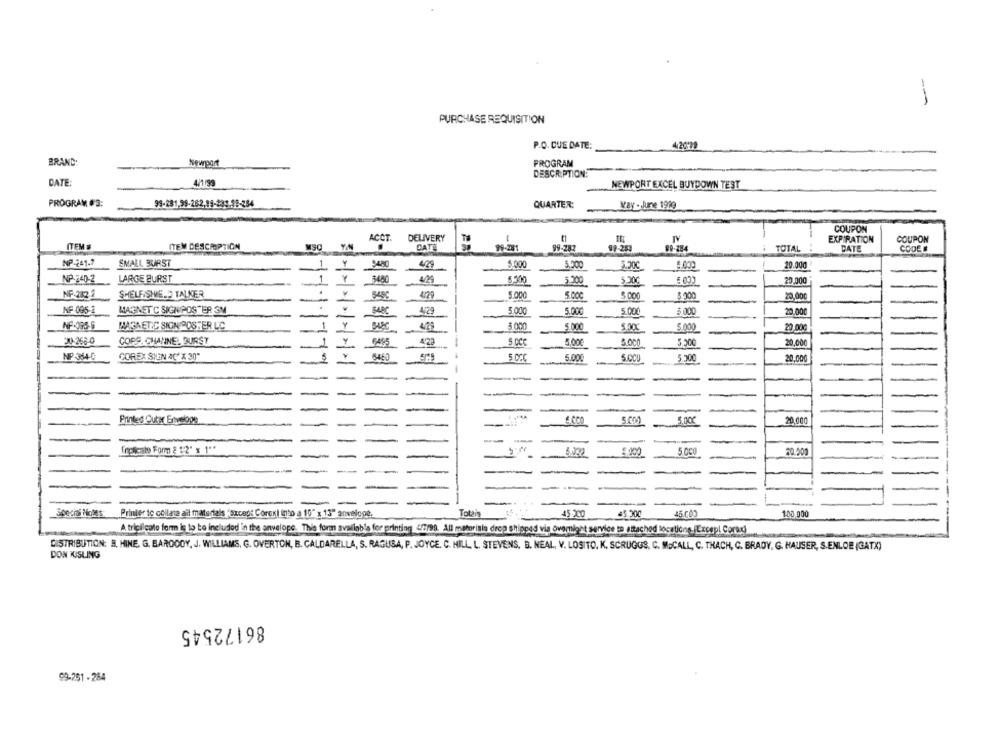
-
PURCHASE REQUISITION
P.O. DUE DATE:
4.2019
BRAND:
Newport
PROGRAM
DESCRIPTION:
DATE:
4/199
NEWPORT EXCEL BUYDOWN TEST
PROGRAM #3:
QUARTER:
May - June 1999
COUPON
ACCT.
DELIVERY
EXPIRATION
COUPON
28
ITEM
ITEM DESCIOPTION
DATE
99-281
99-287
99-253
09-284
TOTAL
DATE
CODES
NP-261-7
SMALL BURST
1
5.000
-
5,500
5.000
20.000
NP- 240-2
LARGE BURST
5.300
5.200
5.000
20,000
NF:282.2
SHELFISHE.D TALKER
W
548C
5.000
5.000
5.000
$ 000
20,00€
-
NF 095 2
MARGINET C SIGNPOSTER 3M
42
5.000
5.000
5.000
$.000
20.000
-
NF-095-5
MAGNETIC SIGNIPOSTER LC
Y
5 000
5.000
5.00C
5.000
20.000
20-268-0
CORS. CHANNEL BURST
423
S.CCC
5.000
5.000
20,00€
1
-
NP-354-G
COREX SIEEN AC X 30"
5.000
5.500
SUCCO
20,000
-
-
-
Printed Outer Envelope
5.CM
5.000
20,000
Indicato Form & 12" x 1"*
5.300
5 0CO
20.000
Specii Notes
45.300
Printer to collata all materials (Except Corox) into a 10" x 13" anvelope.
Totais
45.200
45.000
100.000
A triciicate form is to be included in the anvelope. This form available for printing 4/7/99. All matrisia drop shipped via övmight service to attached locations.Excepl Coraxi
DISTRIBUTION: B, HINE, G. BAROOOY, J. WILLIAMS, G. OVERTON, B. CALDARELLA, S. RAGUSA, P. JOYCE. C. HILL, L. STEVENS, B. NEAL, V. LOSITO. K. SCRUGGS, C. MoCALL, C. THACH, C. BRADY, G. HAUSER, S.ENLOE (GATX)
DON KISLING
86172545
99-251 - 284